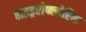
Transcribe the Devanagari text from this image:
हाइड्ररोफ्लोरिक